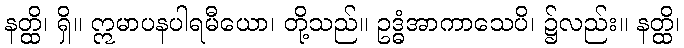
နတ္ထိ၊ ရှိ။ ဣမာပနပါရမီယော၊ တို့သည်။ ဥဒ္ဓံအာကာသေပိ၊ ၌လည်း။ နတ္ထိ၊